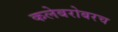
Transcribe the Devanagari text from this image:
कलेबरोबरच